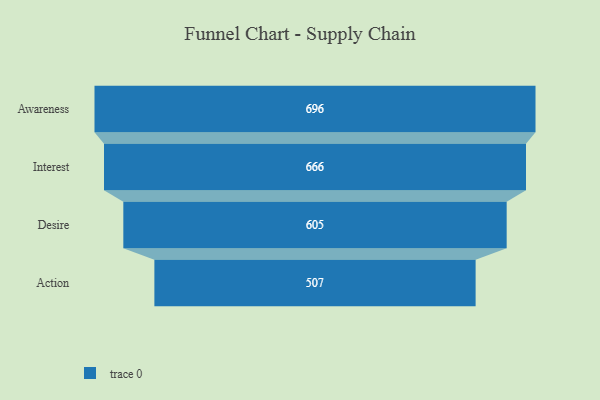
{"axis": {"x": "Stage", "y": "Value"}, "legend": [""], "data": [{"x": "Awareness", "y": 696.0, "type": ""}, {"x": "Interest", "y": 666.0, "type": ""}, {"x": "Desire", "y": 605.0, "type": ""}, {"x": "Action", "y": 507.0, "type": ""}]}